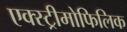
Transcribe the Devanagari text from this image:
एक्स्ट्रीमोफिलिक